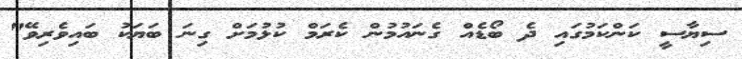
ސިޔާސީ ކަންކަމުގައި ދެ ބޯޑެއް ގެނައުމުން ކެރަމް ކުޅުމަށް ގިނަ ބަޔަކު ބައިވެރިވޭ"